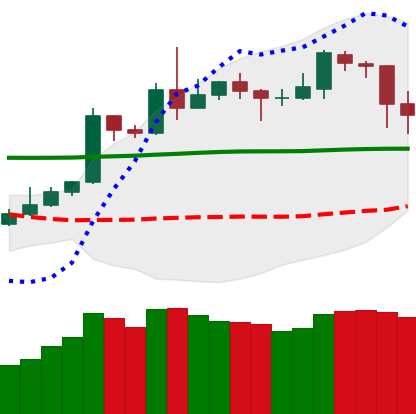
Ticker: DOGE-USD
Chart end date: 2020-05-11
Forward return: 4.144%
Label: up_3_5